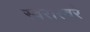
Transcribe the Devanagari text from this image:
स्वरास्वरे